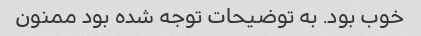
خوب بود. به توضیحات توجه شده بود ممنون